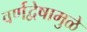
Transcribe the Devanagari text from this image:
वर्णद्वेषामुळे